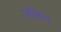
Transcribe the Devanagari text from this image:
लांबण